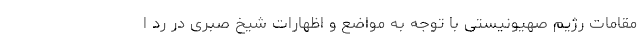
مقامات رژیم صهیونیستی با توجه به مواضع و اظهارات شیخ صبری در رد ا